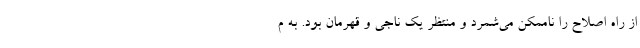
از راه اصلاح را ناممکن می‌شمرد و منتظر یک ناجی و قهرمان بود. به م